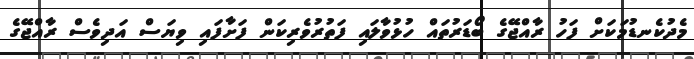
މެދުކެނޑުމަކަށް ފަހު ރާއްޖޭގެ ބޯޑަރުތައް ހުޅުވާލައި ފަތުރުވެރިކަން ފަށާފައި ވިޔަސް އަދިވެސް ރާއްޖޭގެ